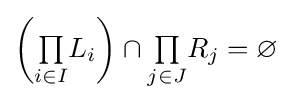
\left({\textstyle \prod \limits _{i\in I}}L_{i}\right)\cap {\textstyle \prod \limits _{j\in J}}R_{j}=\varnothing